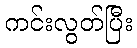
ကင်းလွတ်ပြီး